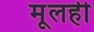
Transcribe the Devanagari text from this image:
मूलही